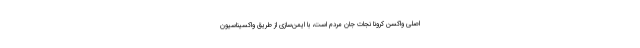
اصلی واکسن کرونا نجات جان مردم است، با ایمن‌سازی از طریق واکسیناسیون